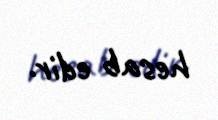
hesab edir.